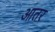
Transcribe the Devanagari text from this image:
आतर